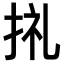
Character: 𢬦